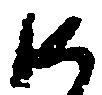
沙